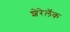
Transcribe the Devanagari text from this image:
शेरेलॅक